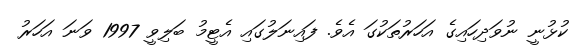
ކުޅުނީ ނުވަދިހައިގެ އަހަރުތަކުގަ އެވެ. ފައިނަލުގައި އެޓީމު ބަލިވީ 1997 ވަނަ އަހަރު